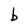
Character: b